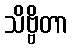
သိဗ္ဗိတာ